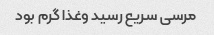
مرسی سریع رسید وغذا گرم بود